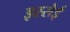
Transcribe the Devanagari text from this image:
इस्सेई